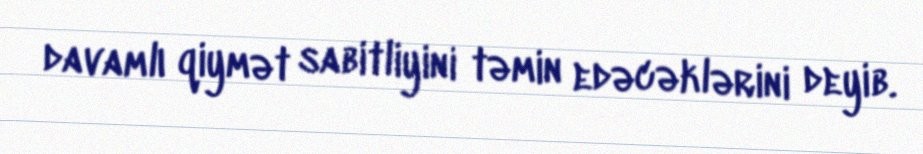
davamlı qiymət sabitliyini təmin edəcəklərini deyib.